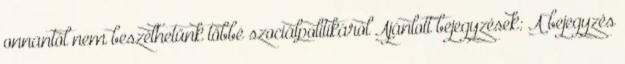
onnantól nem beszélhetünk többé szociálpolitikáról Ajánlott bejegyzések: A bejegyzés